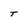
Character: T